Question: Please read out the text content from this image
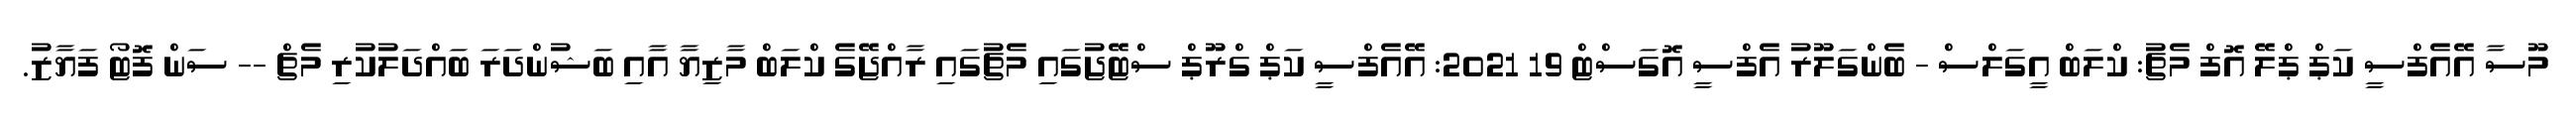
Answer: މޫސާ އޭއެފްސީ ކަޕް ޕްލޭ އޮފް މެޗު: ކްލަބް އީގަލްސް - ބެންގަލޫރު އެފްސީ އޮގަސްޓް 19 2021: އޭއެފްސީ ކަޕް ގްރޫޕް ސްޓޭޖުގައި މެޗުގައި ރާއްޖޭގެ ކްލަބް މާޒިޔާ އާއި ބަޝުންދަރަ ބައްދަލުކުރި މެޗް -- ސަން ފޮޓޯ ފަޔާޒު.